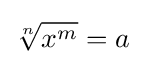
{\sqrt[{n}]{x^{m}}}=a